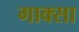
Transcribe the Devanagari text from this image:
गाक्सा